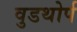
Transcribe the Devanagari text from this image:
वुडथोर्प